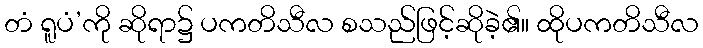
တံ ရူပံ’ကို ဆိုရာ၌ ပကတိသီလ စသည်ဖြင့်ဆိုခဲ့၏။ ထိုပကတိသီလ